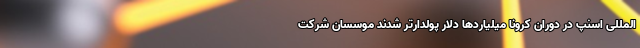
المللی اسنپ در دوران کرونا میلیاردها دلار پولدارتر شدند موسسان شرکت